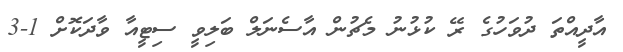
އާދީއްތަ ދުވަހުގެ ރޭ ކުޅުނު މެޗުން އާސެނަލް ބަލިވީ ސިޓީއާ ވާދަކޮށް 1-3